Report of the Indian Hemp Drugs Commission, 1894-1895 - Volume VI
Year: 1894
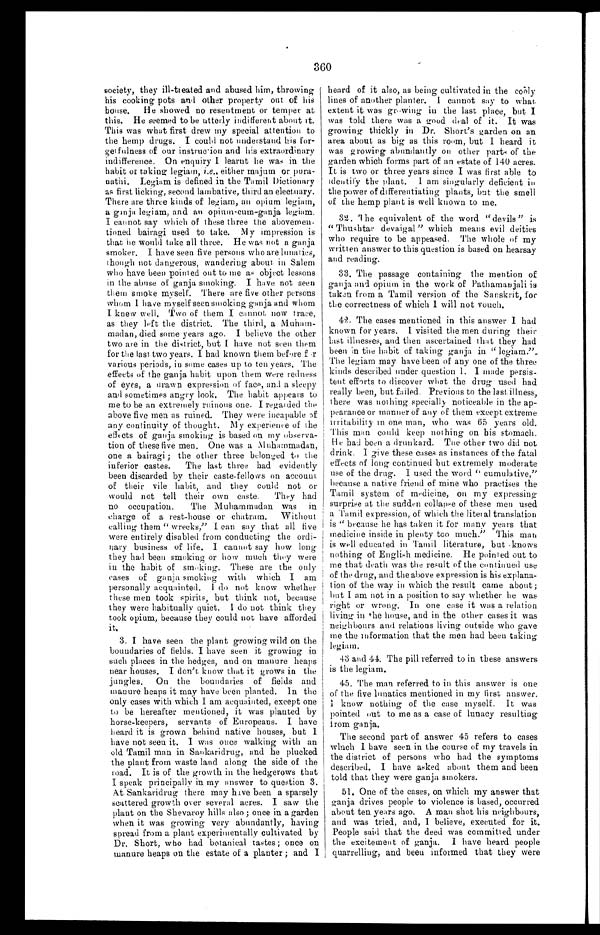
360
society, they ill-treated and abused him, throwing
his cooking pots and other property out of his
house. He showed no resentment or temper at
this. He seemed to be utterly indifferent about it.
This was what first drew my special attention to
the hemp drugs. I could not understand his for-
get fulness of our instruction and his extraordinary
indifference. On enquiry I learnt he was in the
habit of taking legiam, i.e., either majum or pura-
nathi. Legiam is defined in the Tamil Dictionary
as first licking, second lambative, third an electuary.
There are three kinds of legiam, an opium legiam,
a ganja legiam, and an opium-cum-ganja legiam.
I cannot say which of these three the above men-
tioned bairagi used to take, My impression is
that he would take all three. He was not a ganja
smoker. I have seen five persons who are lunatics,
though not dangerous, wandering about. in Salem
who have been pointed out to me as object lessons
in the abuse of ganja smoking. I have not seen
them smoke myself. There are five other persons
whom I have myself seen smoking ganja and whom
I knew well. Two of them I cannot now trace,
as they left the district. The third, a Muham-
madan, died some years ago. I believe the other
two are in the district, but I have not seen them
for the last two years. I had known them before f
o r v a r i o u s p e r i o d s , i n s o m e c a s e s u p t o t e n y e a r s . T h e
effects of the ganja habit upon them were redness
of eyes, a drawn expression of face, and a sleepy
and sometimes angry look. The habit appears to
me to be an extremely ruinous one. I regarded time
above five men as ruined. They were incapable of
any continuity of thought. My experience of the
effects of ganja smoking is based on my observa-
tion of these five men. One was a Muhammadan,
one a bairagi ; the other three belonged to the
inferior castes. The last three had evidently
been discarded by their caste-fellows on account
of their vile habit, and they could not or
would not tell their own caste. They had
no occupation. The Muhammadan was in
charge of a rest-house or chatram. Without
calling them " wrecks," I can say that all five
were entirely disabled from conducting the ordi-
nary business of life. I cannot say how long
they had been smoking or how much they were
in the habit of smoking. These are the only
cases of ganja smoking with which I am
personally acquainted. I do not know whether
these men took spirits, but think not, because
they were habitually quiet. I do not think they
took opium, because they could not have afforded
it.
3. I have seen the plant growing wild on the
boundaries of fields. I have seen it growing in
such places in the hedges, and on manure heaps
near houses. I don't know that it grows in the
jungles. On the boundaries of fields and
manure heaps it may have been planted. In the
only cases with which I am acquainted, except one
to be hereafter mentioned, it was planted by
horse-keepers, servants of Europeans. I have
heard it is grown behind native houses, but I
have not seen it. I was once walking with an
old Tamil man in Sankaridrug, and he plucked
the plant from waste land along the side of the
road. It is of the growth in the hedgerows that
I speak principally in my answer to question 3.
At Sankaridrug there may have been a sparsely
scattered growth over several acres. I saw the
plant on the Shevaroy hills also ; once in a garden
when it was growing very abundantly, having
spread from a plant experimentally cultivated by
Dr. Short, who had botanical tastes ; once on
manure heaps on the estate of a planter ; and I
heard of it also, as being cultivated in the cooly
lines of another planter. I cannot say to what
extent it was growing in the last place, but I
was told there was a good deal of it. It was
growing thickly in Dr. Short's garden on an
area about as big as this room, but I heard it
was growing abundantly on other parts of the
garden which forms part of an estate of 140 acres.
It is two or three years since I was first able to
identify the plant. I am singularly deficient in
the power of differentiating plants, but the smell
of the hemp plant is well known to me.
32. he equivalent of the word "devils " is
" Thushtar devaigal" which means evil deities
who require to be appeased. The whole of my
written answer to this question is based on hearsay
and reading.
33. The passage containing the mention of
ganja and opium in the work of Pathamanjali is
taken from a Tamil version of the Sanskrit, for
the correctness of which I will not vouch.
42. The cases mentioned in this answer I had
known for years. I visited time men during their
last illnesses, and then ascertained that they had
been in time habit of taking ganja iu "
legiam
. " T h e l e g i a m m a y h a v e b e e n o f a n y o n e o f t h e t h r e e
kinds described under question 1. I made persis-
tent efforts to discover what the drug used had
really been, but failed. Previous to the last illness,
there was nothing specially noticeable in the ap-
pearance or manner of any of them except extreme
irritability in one man, who was 65 years old.
This man could keep nothing on his stomach.
He had been a drunkard. The other two did not
drink. I give these cases as instances of the fatal
effects of long continued but extremely moderate
use of the drug. I used the word " cumulative,"
because a native friend of mine who practises the
Tamil system of medicine, on my expressing
surprise at the sudden collapse of these men used
a Tamil expression, of which the literal translation
is " because he has taken it for many years that
medicine inside in plenty too much." This man
is well educated in Tamil literature, but knows
nothing of English medicine, He pointed out to
me that death was the result of the continued use
of the drug, and the above expression is his explana-
tion of the way in which the result came about ;
but I am not in a position to say whether he was
right or wrong. In one case it was a relation
living in the house, and in the other cases it was
neighbours and relations living outside who gave
me the information that the men had been taking
l e g i a m .
43 and 44. The pill referred to in these answers
is the legiam.
45. The man referred to in this answer is one
of the five lunatics mentioned in my first answer.
I know nothing of the case myself. It was
pointed out to me as a case of lunacy resulting
from ganja.
The second part of answer 45 refers to cases
which I have seen in the course of my travels in
the district of persons who had the symptoms
described. I have asked about them and been
told that they were ganja smokers.
51. One of the cases, on which my answer that
ganja drives people to violence is based, occurred
about ten years ago. A man shot his neighbours,
and was tried, and, I believe, executed for it.
People said that the deed was committed under
the excitement of ganja. I have heard people
quarrelling, and been informed that they were